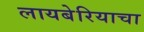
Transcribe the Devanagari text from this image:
लायबेरियाचा